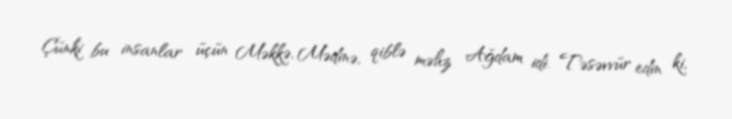
Çünki bu insanlar üçün Məkkə, Mədinə, qiblə məhz Ağdam idi. Təsəvvür edin ki,